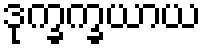
ဒုက္ခက္ခယာယ